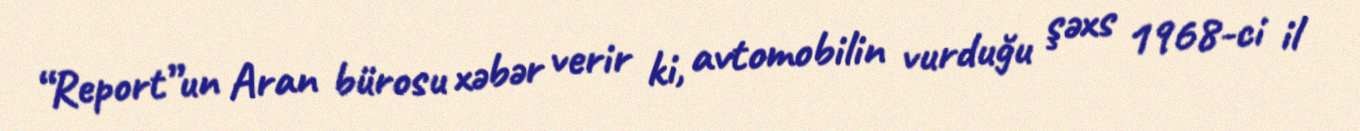
“Report”un Aran bürosu xəbər verir ki, avtomobilin vurduğu şəxs 1968-ci il